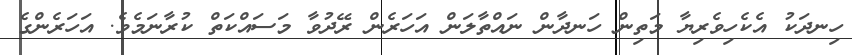
ހިނދަކު އެކެހިވެރިޔާ މަތިން ހަނދާން ނައްތާލަން އަހަރެން ރޭދުވާ މަސައްކަތް ކުރާނަމެވެ. އަހަރެންގެ